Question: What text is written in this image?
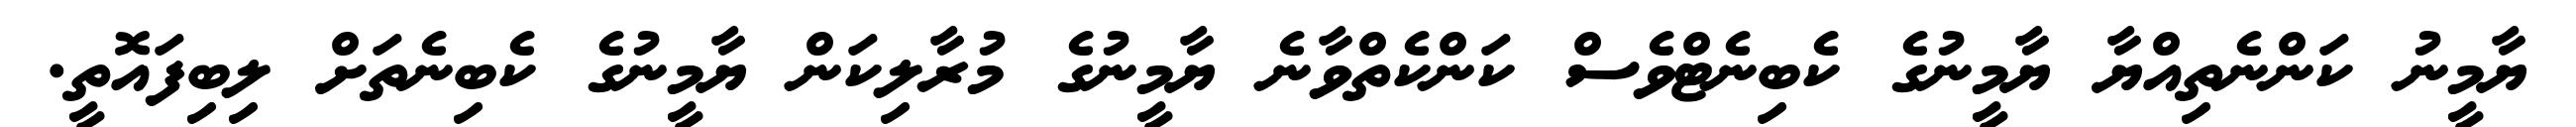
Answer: ޔާމީނު ކަންނެތިއްޔާ ޔާމީނުގެ ކެބިނެޓްވެސް ކަންކެތްވާނެ ޔާމީނުގެ މުރާލިކަން ޔާމީނުގެ ކެބިނެތަށް ލިބިފައޮތީ.